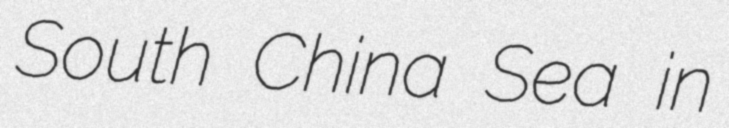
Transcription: South China Sea in